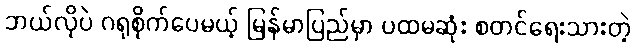
ဘယ်လိုပဲ ဂရုစိုက်ပေမယ့် မြန်မာပြည်မှာ ပထမဆုံး စတင်ရေးသားတဲ့